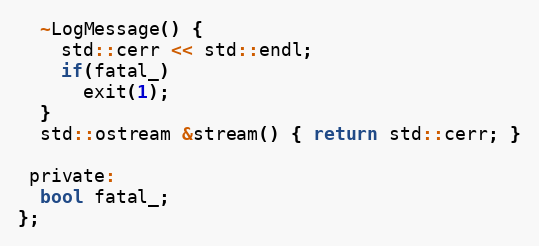
Language: C
  ~LogMessage() {
    std::cerr << std::endl;
    if(fatal_)
      exit(1);
  }
  std::ostream &stream() { return std::cerr; }

 private:
  bool fatal_;
};